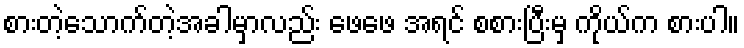
စားတဲ့သောက်တဲ့အခါမှာလည်း ဖေဖေ အရင် စစားပြီးမှ ကိုယ်က စားပါ။